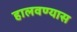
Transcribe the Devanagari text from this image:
हालवण्यास